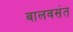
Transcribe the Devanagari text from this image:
बालवसंत